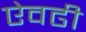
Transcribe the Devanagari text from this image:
ऐवढी